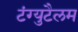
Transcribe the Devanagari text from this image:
टंग्युटैलम